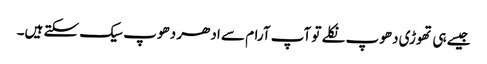
جیسے ہی تھوڑی دھوپ نکلے تو آپ آرام سے ادھر دھوپ سیک سکتے ہیں۔